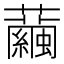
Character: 𧅆